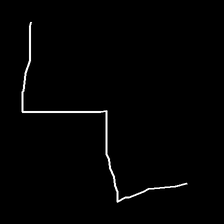
Glyph: crush